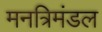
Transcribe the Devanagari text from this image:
मनत्रिमंडल